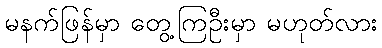
မနက်ဖြန်မှာ တွေ့ကြဦးမှာ မဟုတ်လား